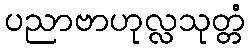
ပညာဗာဟုလ္လသုတ္တံ